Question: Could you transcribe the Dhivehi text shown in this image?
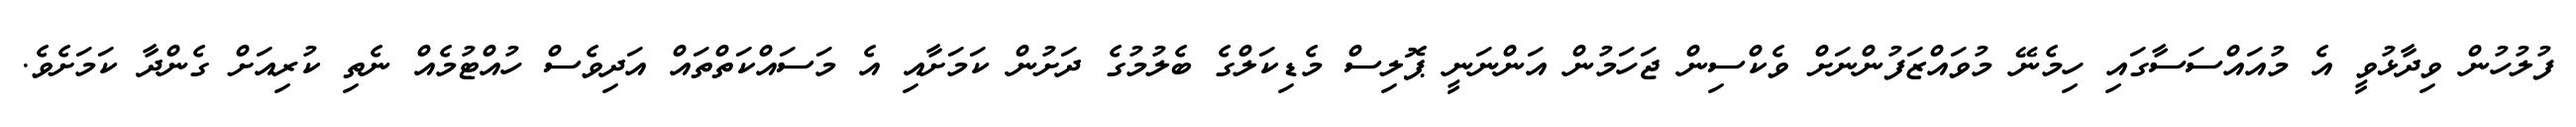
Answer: ފުލުހުން ވިދާޅުވީ އެ މުއައްސަސާގައި ހިމެނޭ މުވައްޒަފުންނަށް ވެކްސިން ޖަހަމުން އަންނަނީ ޕޮލިސް މެޑިކަލްގެ ބެލުމުގެ ދަށުން ކަމަށާއި އެ މަސައްކަތްތައް އަދިވެސް ހުއްޓުމެއް ނެތި ކުރިއަށް ގެންދާ ކަމަށެވެ.